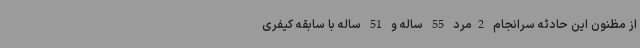
از مظنون این حادثه سرانجام 2مرد 55 ساله و 51 ساله با سابقه کیفری